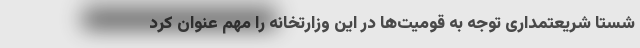
شستا شریعتمداری توجه به قومیت‌ها در این وزارتخانه را مهم عنوان کرد